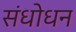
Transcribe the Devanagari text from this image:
संधोधन